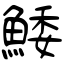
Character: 鯘